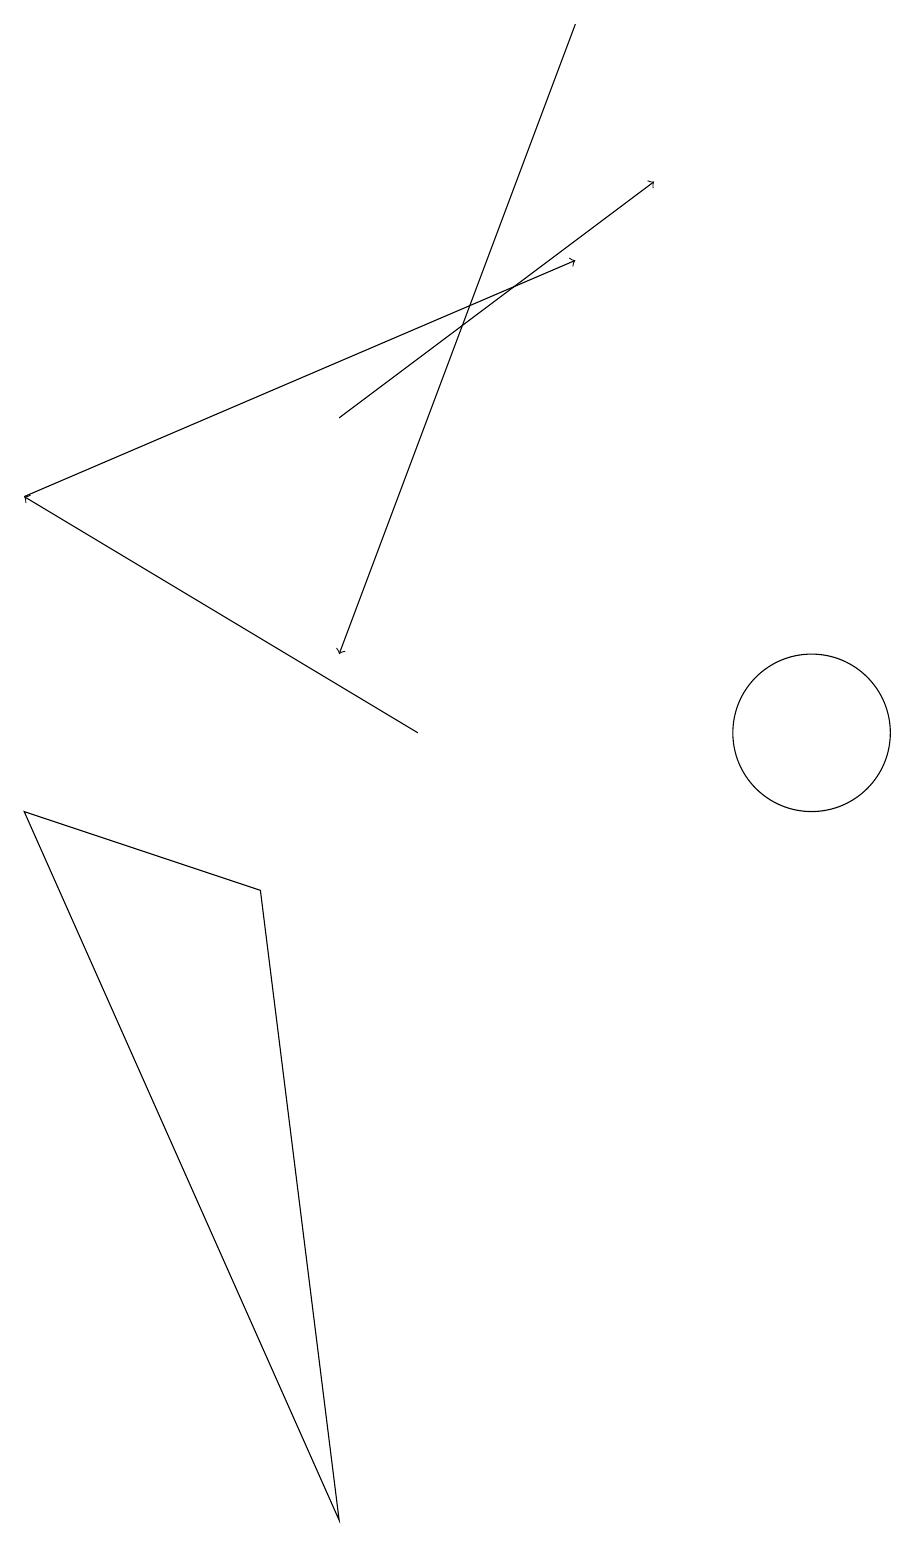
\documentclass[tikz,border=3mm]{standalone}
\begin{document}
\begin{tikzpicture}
\draw[->] (4,14) -- (8,17);
\draw[->] (5,10) -- (0,13);
\draw[->] (7,19) -- (4,11);
\draw[->] (0,13) -- (7,16);
\draw (10,10) circle (1);
\draw (3,8) -- (4,0) -- (0,9) -- cycle;
\draw (10,12) circle (0);
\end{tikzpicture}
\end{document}